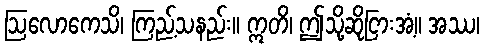
ဩလောကေသိ၊ ကြည့်သနည်း။ ဣတိ၊ ဤသို့ဆိုငြားအံ့။ အဿ၊